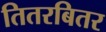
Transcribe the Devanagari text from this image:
तितरबितर